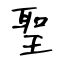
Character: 聖